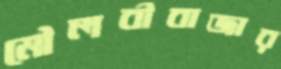
মৌলবীবাজার